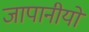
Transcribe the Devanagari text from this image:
जापानीयों